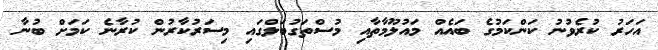
އަހަރު ކުރެވުނު ކަންކަމުގެ ބައެއް މައުލޫމާތާއި މުސްތަގުބަލްގައި މިސަރުކާރުން ކުރާނެ ކަމަށް ބުނާ